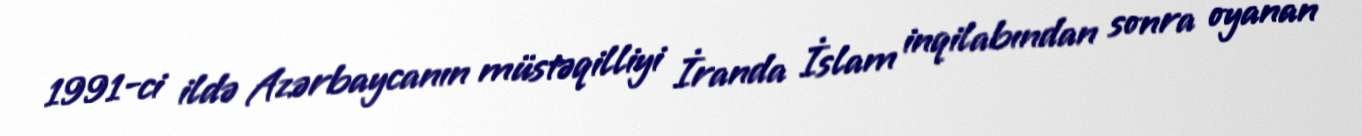
1991-ci ildə Azərbaycanın müstəqilliyi İranda İslam inqilabından sonra oyanan